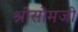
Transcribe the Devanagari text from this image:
श्रीसोमजी